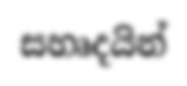
සහෘදයින්